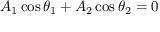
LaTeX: A _ { 1 } \cos \theta _ { 1 } + A _ { 2 } \cos \theta _ { 2 } = 0